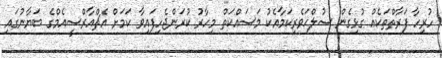
ހުރިހާ ފަރާތްތަކެއް ގުޅިގެން ސުލްޙަވެރިކަމާއެކު މަސައްކަތް މިހާރު ކުރަންޖެހިފައިވާ ކަމަށް އެޗްއާރްސީއެމްގެ ބަޔާނުގައި